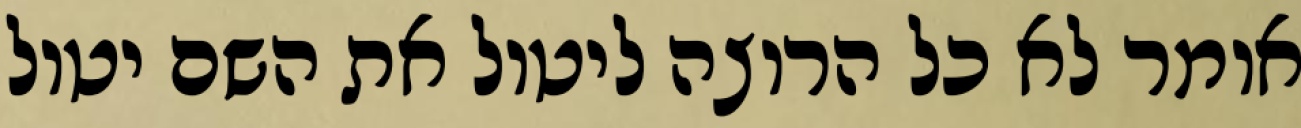
אומר לא כל הרוצה ליטול את השם יטול